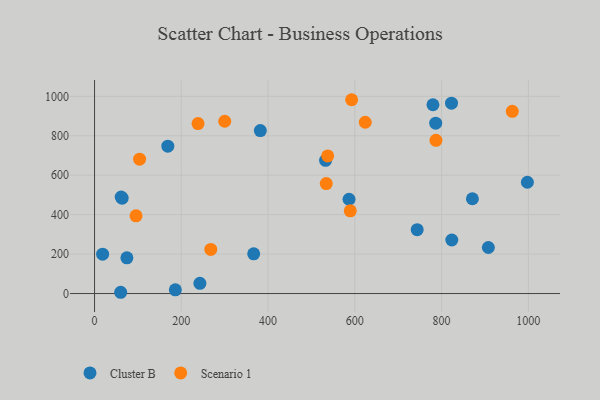
{"axis": {"x": "Experience", "y": "Exam Score"}, "legend": ["Cluster B", "Scenario 1"], "data": [{"x": "382.1", "y": 826.4, "type": "Cluster B"}, {"x": "786.4", "y": 864.1, "type": "Cluster B"}, {"x": "532.5", "y": 675.5, "type": "Cluster B"}, {"x": "60.2", "y": 6.4, "type": "Cluster B"}, {"x": "823.5", "y": 271.4, "type": "Cluster B"}, {"x": "242.8", "y": 52.0, "type": "Cluster B"}, {"x": "63.6", "y": 483.5, "type": "Cluster B"}, {"x": "168.9", "y": 747.4, "type": "Cluster B"}, {"x": "907.8", "y": 233.5, "type": "Cluster B"}, {"x": "366.8", "y": 201.6, "type": "Cluster B"}, {"x": "743.7", "y": 323.9, "type": "Cluster B"}, {"x": "997.7", "y": 564.5, "type": "Cluster B"}, {"x": "61.4", "y": 489.4, "type": "Cluster B"}, {"x": "186.2", "y": 18.9, "type": "Cluster B"}, {"x": "586.6", "y": 478.2, "type": "Cluster B"}, {"x": "871.0", "y": 480.6, "type": "Cluster B"}, {"x": "822.8", "y": 965.5, "type": "Cluster B"}, {"x": "18.6", "y": 199.8, "type": "Cluster B"}, {"x": "780.0", "y": 957.3, "type": "Cluster B"}, {"x": "74.5", "y": 181.0, "type": "Cluster B"}, {"x": "103.8", "y": 681.4, "type": "Scenario 1"}, {"x": "534.1", "y": 557.6, "type": "Scenario 1"}, {"x": "95.6", "y": 394.0, "type": "Scenario 1"}, {"x": "624.0", "y": 868.7, "type": "Scenario 1"}, {"x": "300.1", "y": 873.7, "type": "Scenario 1"}, {"x": "267.9", "y": 223.8, "type": "Scenario 1"}, {"x": "592.6", "y": 982.9, "type": "Scenario 1"}, {"x": "537.4", "y": 698.1, "type": "Scenario 1"}, {"x": "962.9", "y": 923.9, "type": "Scenario 1"}, {"x": "786.9", "y": 777.1, "type": "Scenario 1"}, {"x": "238.5", "y": 861.9, "type": "Scenario 1"}, {"x": "589.4", "y": 419.4, "type": "Scenario 1"}]}